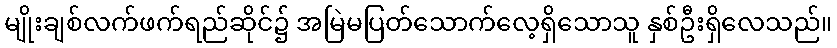
မျိုးချစ်လက်ဖက်ရည်ဆိုင်၌ အမြဲမပြတ်သောက်လေ့ရှိသောသူ နှစ်ဦးရှိလေသည်။